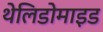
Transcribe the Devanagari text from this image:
थेलिडोमाइड